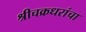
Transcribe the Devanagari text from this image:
श्रीचक्रधरांचा